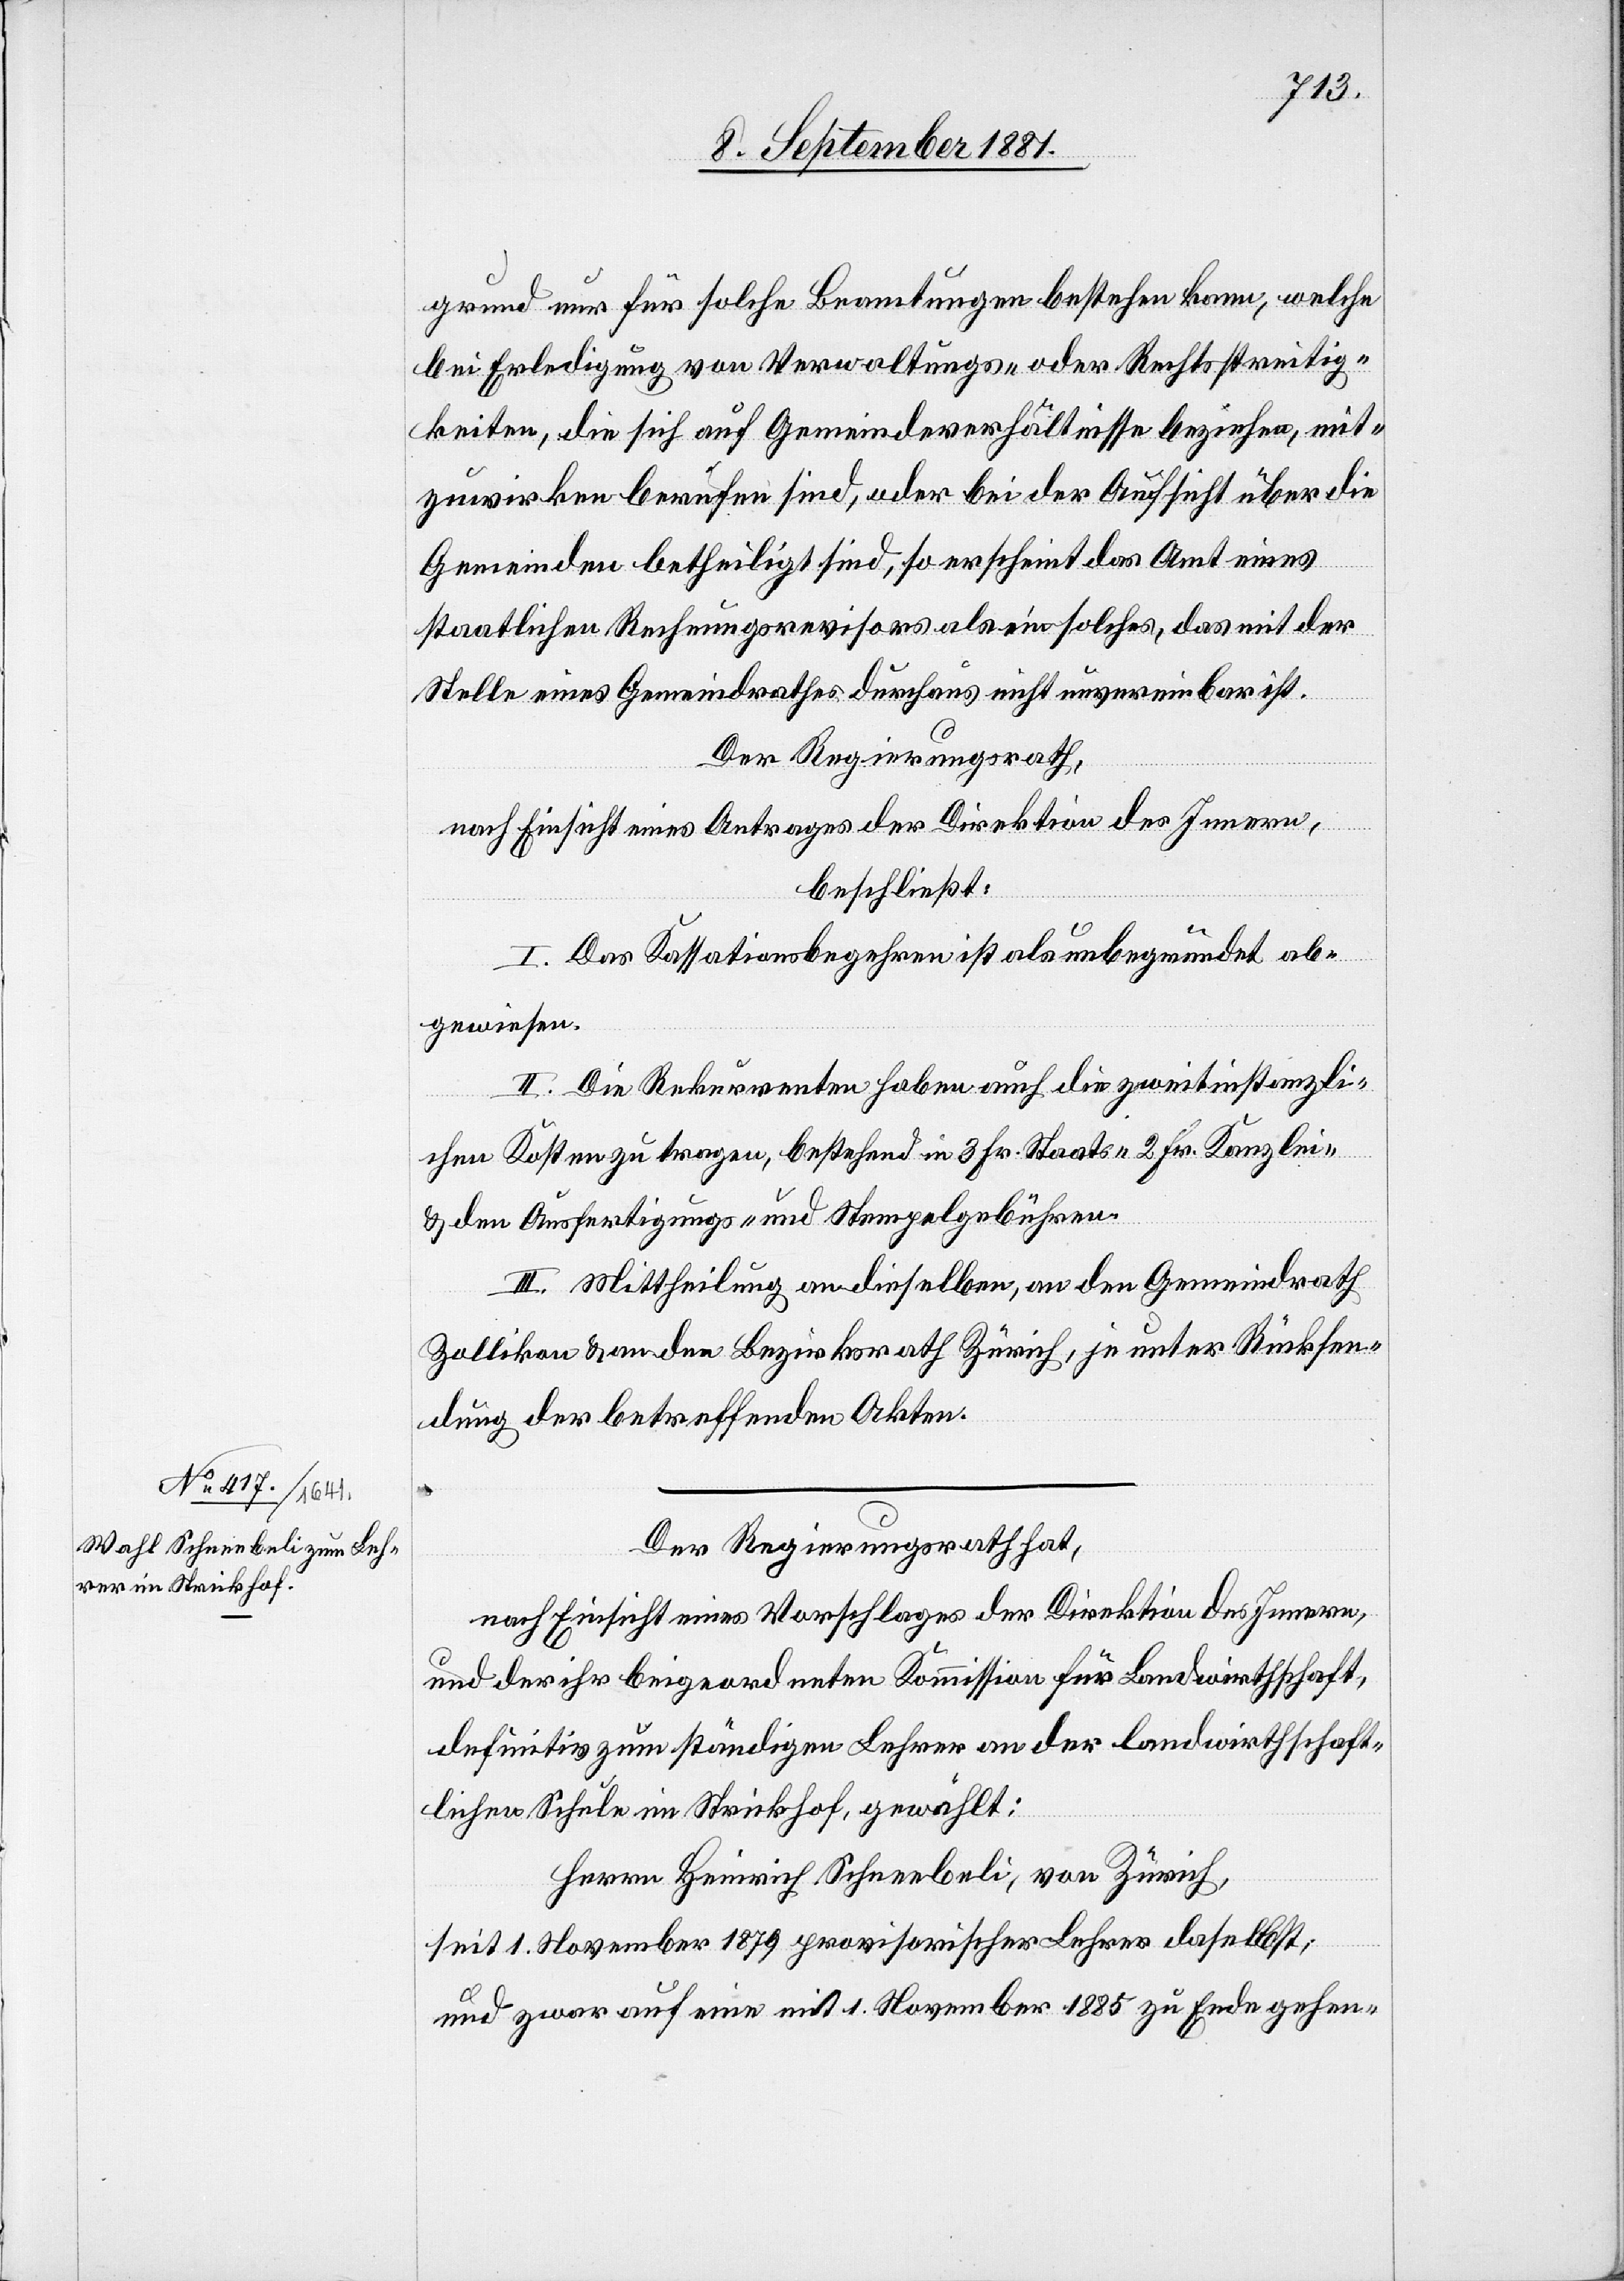
Der Regierungsrath hat,
nach Einsicht eines Vorschlages der Direktion des Innern,
und der ihr beigeordneten Kommission für Landwirthschaft,
definitiv zum ständigen Lehrer an der landwirthschaft¬
lichen Schule im Strickhof, gewählt:
Herrn Heinrich Schneebeli, von Zürich,
seit 1. November 1879 provisorischer Lehrer daselbst,
und zwar auf eine mit 1. November 1885 zu Ende gehen-